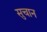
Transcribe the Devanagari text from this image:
सुचान